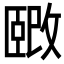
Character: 𫿉